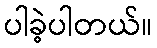
ပါခဲ့ပါတယ်။